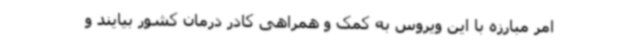
امر مبارزه با این ویروس به کمک و همراهی کادر درمان کشور بیایند و